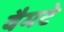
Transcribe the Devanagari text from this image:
वैमटे